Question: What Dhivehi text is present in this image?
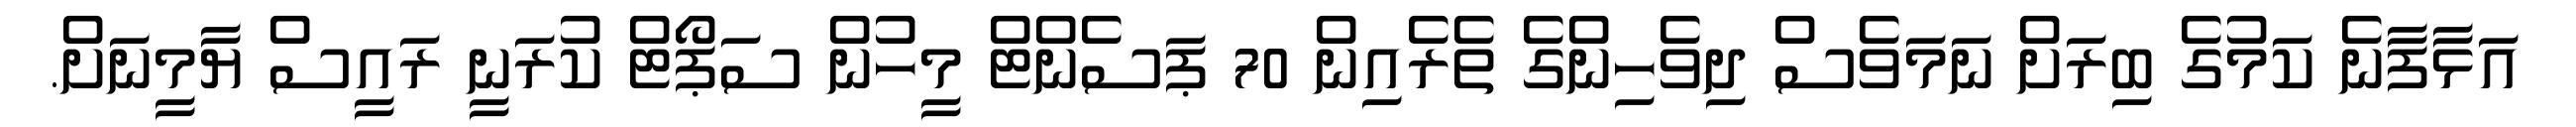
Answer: އަޅާފާނެ ކަމުގެ ބިރަށް ނަމަވެސް ދިވެހިންގެ ތެރެއިން 70 ޕަސެންޓް މީހުން ސަޕޯޓް ކުރަނީ ރައީސް ޔާމީނަށް.